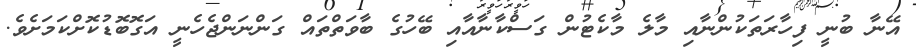
އޭނާ ބުނީ ފިހާރަތަކުންނާއި މާލެ މާކެޓުން ގަސްކާނާއާއި ބޭހުގެ ބާވަތްތައް ގަންނަންޖެހެނީ އަގޮބޮޑުކޮށްކަމަށެވެ.